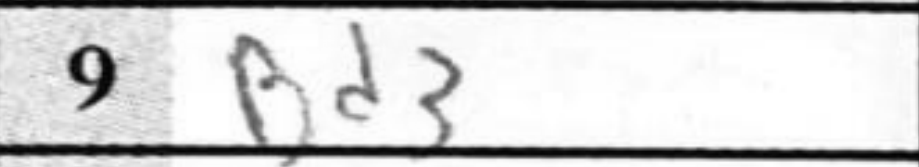
Transcription: Bd3